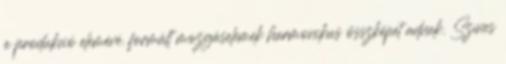
a produkció elemévé. formált mozgáselemek harmonikus összképet adnak. Színes